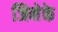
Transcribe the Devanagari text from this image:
जिनेके